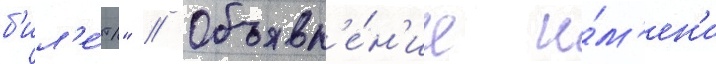
б'ил'е́т" // Объявл'е́н'ие и́м'ен'и